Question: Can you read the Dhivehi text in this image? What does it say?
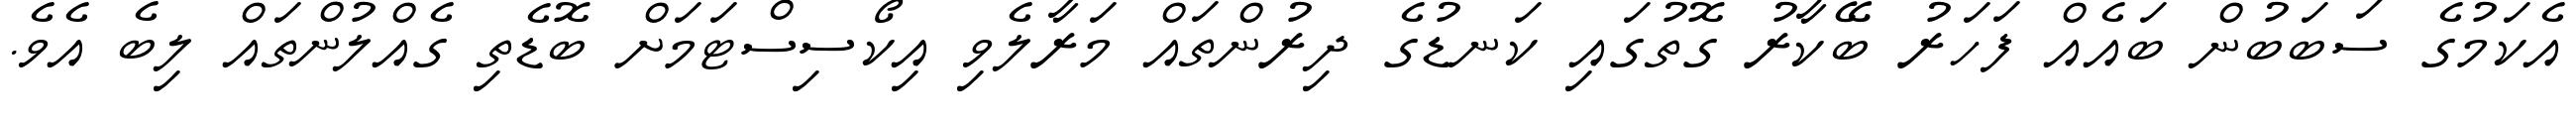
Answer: އެކަމުގެ ސަބަބުން ބައެއް ފަހަރު ބޭކާރު ގޮތުގައި ކަނޑުގެ ދިރުންތައް މަރާލެވި އިކޯސިސްޓަމަށް ބޮޑެތި ގެއްލުންތައް ލިބެ އެވެ.